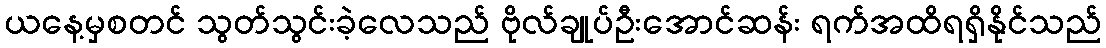
ယနေ့မှစတင် သွတ်သွင်းခဲ့လေသည် ဗိုလ်ချုပ်ဦးအောင်ဆန်း ရက်အထိရရှိနိုင်သည်